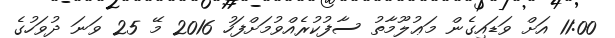
11:00 އަށް ވަޑައިގެން މަޢުލޫމާތު ސާފުކުރެއްވުމަށްފަހު 2016 މޭ 25 ވަނަ ދުވަހުގެ